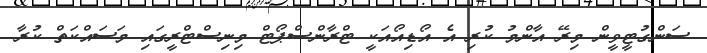
ސަންގުޓީވީން މިރޭ އާންމު ކުރި އެ އޯޑިއޯއަކީ ޓްރާންސްޕޯޓް މިނިސްޓްރީގައި މަސައްކަތް ކުރާ